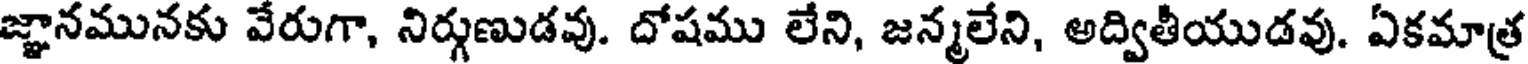
జ్ఞానమునకు వేరుగా, నిర్గుణుడవు. దోషము లేని, జన్మలేని, అద్వితీయుడవు. ఏకమాత్ర